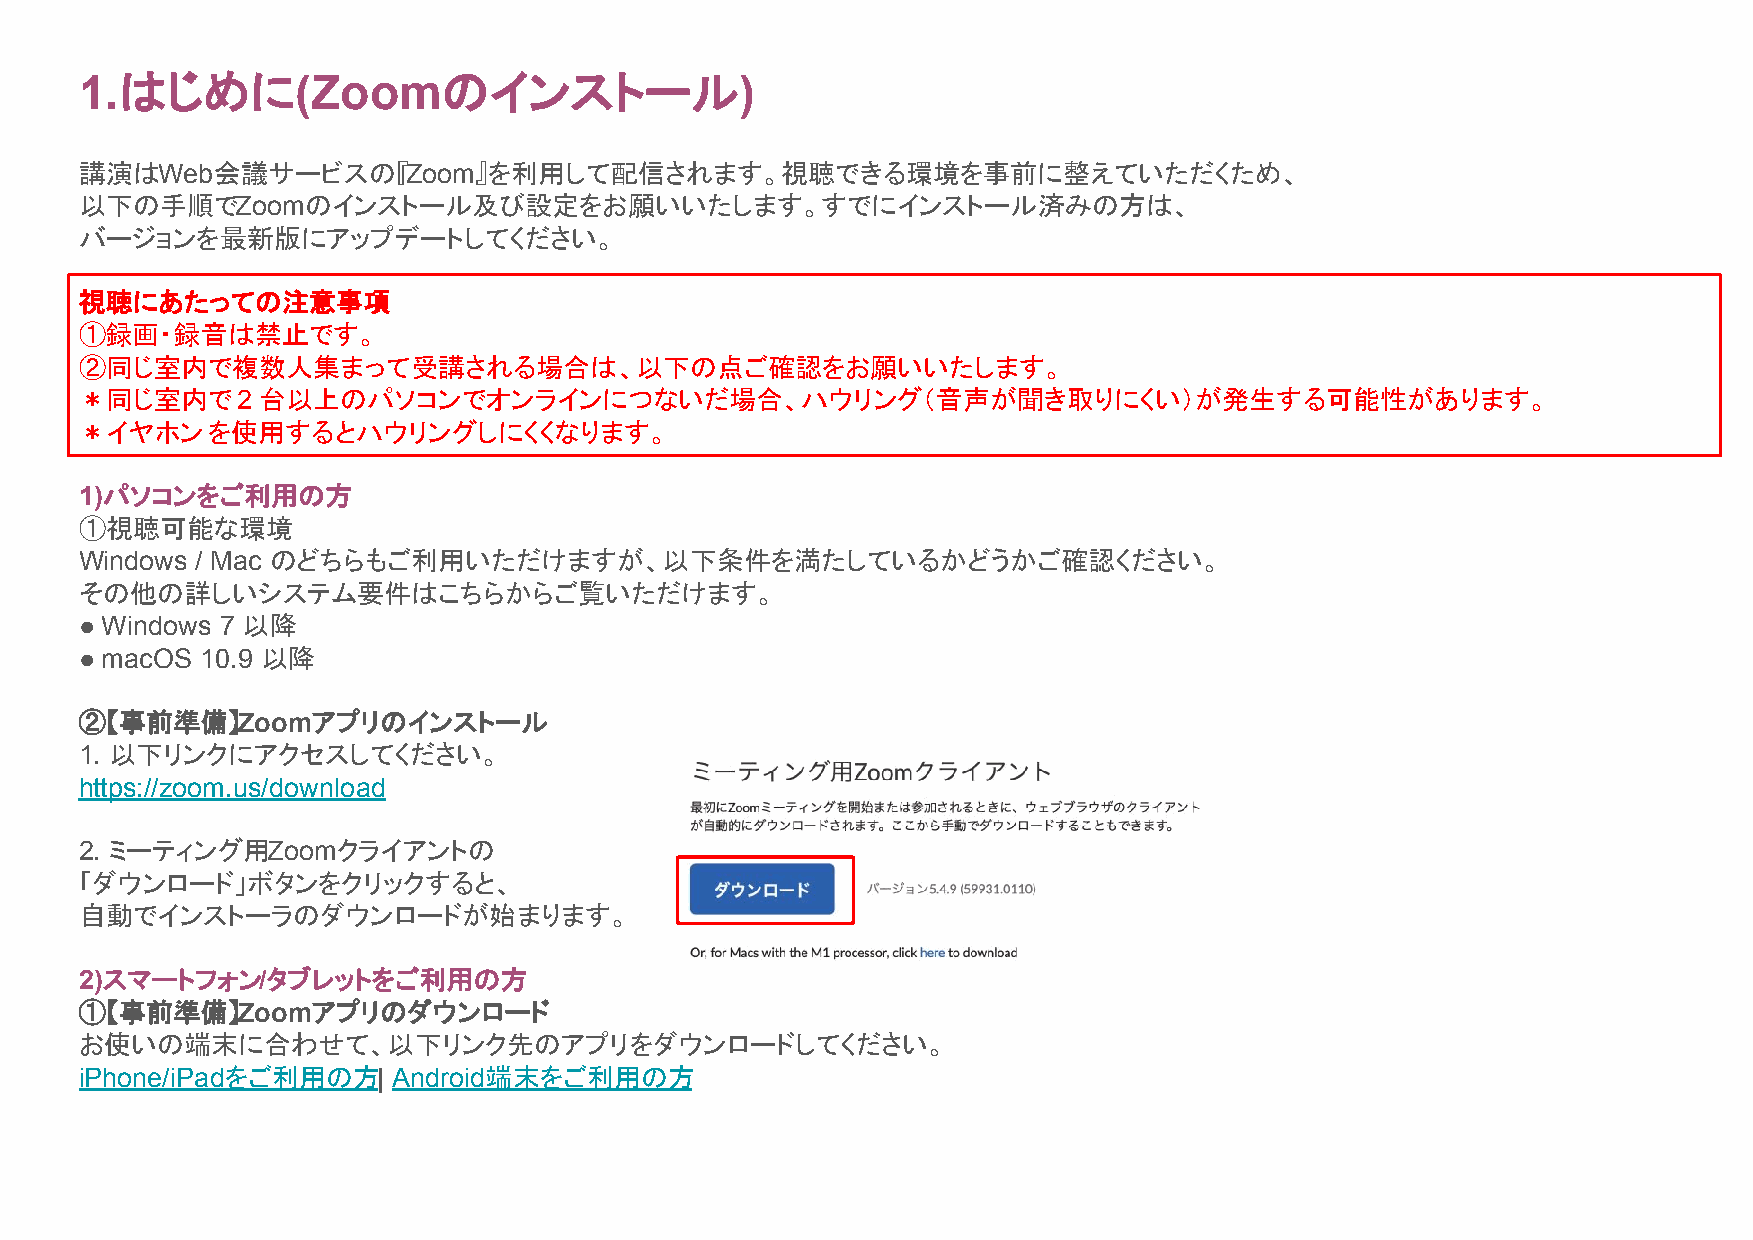
1.はじめに(Zoomのインストール)
 講演はWeb会議サービスの『Zoom』を利用して配信されます。視聴できる環境を事前に整えていただくため、
 以下の手順でZoomのインストール及び設定をお願いいたします。すでにインストール済みの方は、
 バージョンを最新版にアップデートしてください。
 視聴にあたっての注意事項
 ①録画・録音は禁止です。
 ②同じ室内で複数人集まって受講される場合は、以下の点ご確認をお願いいたします。
 ＊同じ室内で     2 台以上のパソコンでオンラインにつないだ場合、ハウリング（音声が聞き取りにくい）が発生する可能性があります。
 ＊イヤホン    を使用するとハウリングしにくくなります。
 1)パソコンをご利用の方
 ①視聴可能な環境
 Windows / Mac のどちらもご利用いただけますが、以下条件を満たしているかどうかご確認ください。
 その他の詳しいシステム要件はこちらからご覧いただけます。
 ● Windows 7 以降
 ● macOS 10.9 以降
 ②【事前準備】Zoomアプリのインストール
 1. 以下リンクにアクセスしてください。
 https://zoom.us/download
 2. ミーティング用Zoomクライアントの
 「ダウンロード」ボタンをクリックすると、
 自動でインストーラのダウンロードが始まります。
 2)スマートフォン/タブレットをご利用の方
 ①【事前準備】Zoomアプリのダウンロード
 お使いの端末に合わせて、以下リンク先のアプリをダウンロードしてください。
 iPhone/iPadをご利用の方|   Android端末をご利用の方